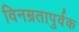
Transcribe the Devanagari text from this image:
विनम्रतापुर्वक